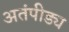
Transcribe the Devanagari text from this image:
अतंपीड्य